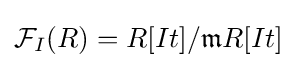
{\mathcal {F}}_{I}(R)=R[It]/{\mathfrak {m}}R[It]